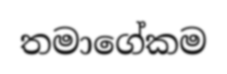
තමාගේකම